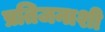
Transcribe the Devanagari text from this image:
प्रतिजनाशी